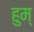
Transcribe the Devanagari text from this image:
हुम्